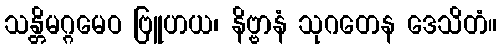
သန္တိမဂ္ဂမေဝ ဗြူဟယ၊ နိဗ္ဗာနံ သုဂတေန ဒေသိတံ။